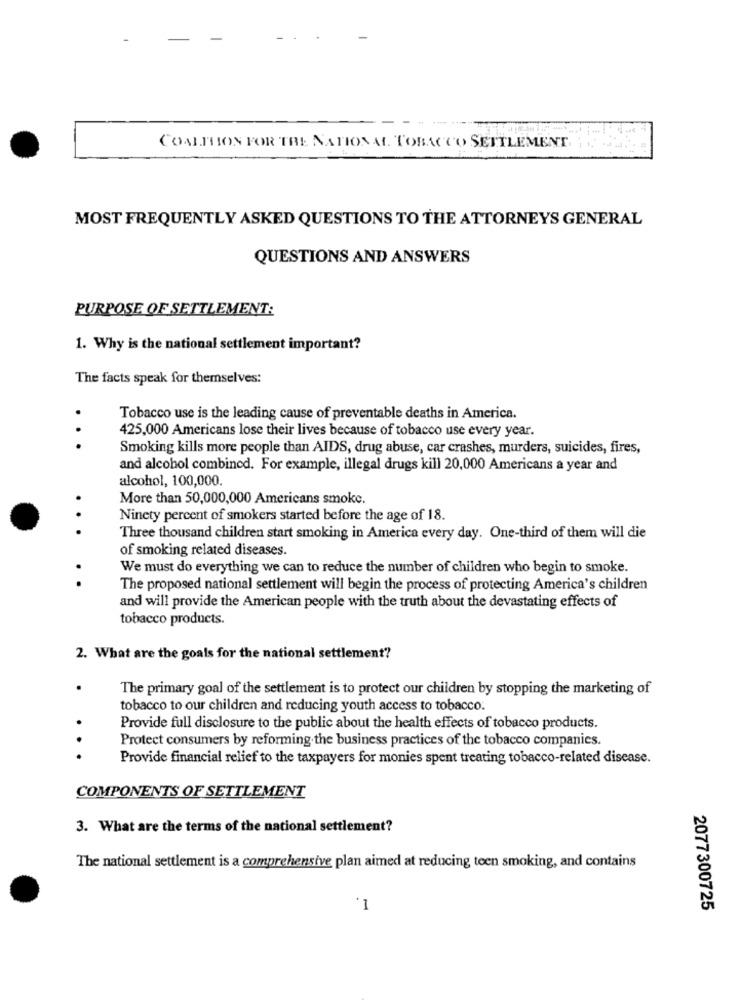
COMTION FOR THE NATIONAL TOBACCO SETTLEMENT
MOST FREQUENTLY ASKED QUESTIONS TO THE ATTORNEYS GENERAL
QUESTIONS AND ANSWERS
PURPOSE OF SETTLEMENT:
1. Why is the national settlement important?
The facts speak for themselves:
Tobacco use is the leading cause of preventable deaths in America.
425,000 Americans lose their lives because of tobacco use every year.
.. .
Smoking kills more people than AIDS, drug abuse, car crashes, murders, suicides, fires,
and alcohol combined. For example, illegal drugs kill 20,000 Americans a year and
alcohol, 100,000.
More than 50,000,000 Americans smoke.
. .
Ninety percent of smokers started before the age of 18.
Three thousand children start smoking in America every day. One-third of them will die
of smoking related diseases.
We must do everything we can to reduce the number of children who begin to smoke.
. .
The proposed national settlement will begin the process of protecting America's children
and will provide the American people with the truth about the devastating effects of
tobacco products.
2. What are the goals for the national sett!
.
The primary goal of the settlement is to protect our children by stopping the marketing of
tobacco to our children and reducing youth access to tobacco.
Provide full disclosure to the public about the health effects of tobacco products.
Protect consumers by reforming. the business practices of the tobacco companies.
...
Provide financial relief to the taxpayers for monies spent treating tobacco-related disease.
COMPONENTS OF SETTLEMENT
3. What are the terms of the national settlement?
The national settlement is a comprehensive plan aimed at reducing teen smoking, and contains
1
2077300725